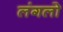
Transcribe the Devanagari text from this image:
लंगलो